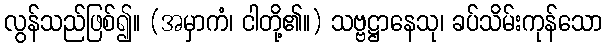
လွန်သည်ဖြစ်၍။ (အမှာကံ၊ ငါတို့၏။) သဗ္ဗဋ္ဌာနေသု၊ ခပ်သိမ်းကုန်သော